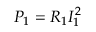
P _ { 1 } = R _ { 1 } I _ { 1 } ^ { 2 }